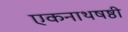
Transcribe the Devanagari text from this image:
एकनाथषष्ठी